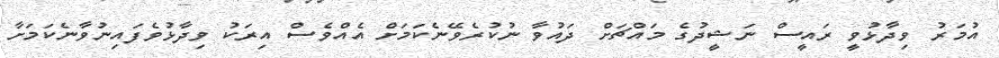
އުމަރު ވިދާޅުވީ ރައީސް ނަޝީދުގެ މައްޗަށް ދައުވާ ނުކުރެވޭނެކަމަށް އެއްވެސް އިރަކު ވިދާޅުވެފައިނުވާނެކަމަށާ